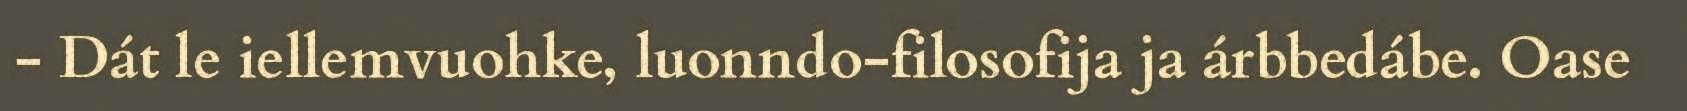
- Dát le iellemvuohke, luonndo-filosofija ja árbbedábe. Oase